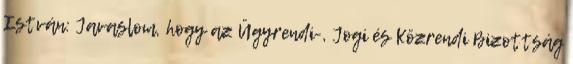
István: Javaslom, hogy az Ügyrendi-, Jogi és Közrendi Bizottság